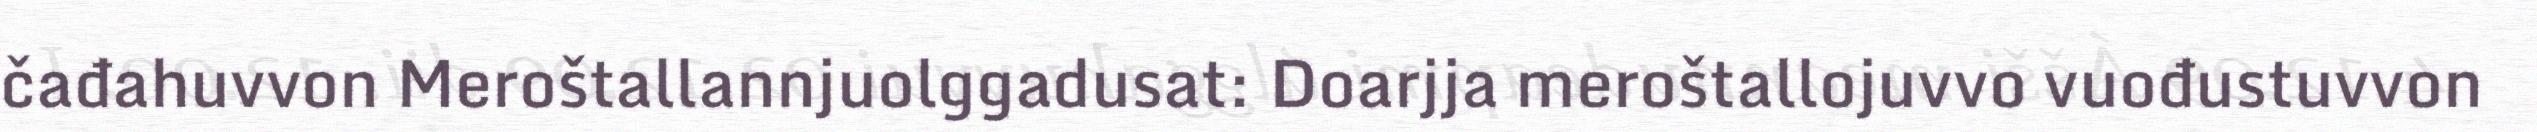
čađahuvvon Meroštallannjuolggadusat: Doarjja meroštallojuvvo vuođustuvvon